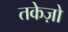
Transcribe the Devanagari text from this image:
तकेज़ो